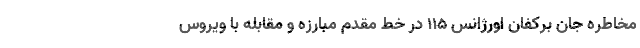
مخاطره جان برکفان اورژانس ۱۱۵ در خط مقدم مبارزه و مقابله با ویروس